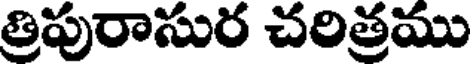
త్రిపురాసుర చరిత్రము